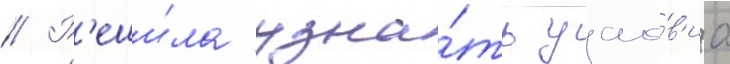
// Р'еши́ла узна́ть усло́в'иа